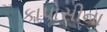
કાપોસીના